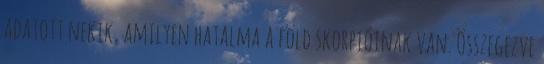
adatott nekik, amilyen hatalma a föld skorpióinak van. Összegezve